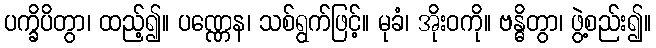
ပက္ခိပိတွာ၊ ထည့်၍။ ပဏ္ဏေန၊ သစ်ရွက်ဖြင့်။ မုခံ၊ အိုးဝကို။ ဗန္ဓိတွာ၊ ဖွဲ့စည်း၍။